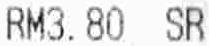
RM3.80 SR